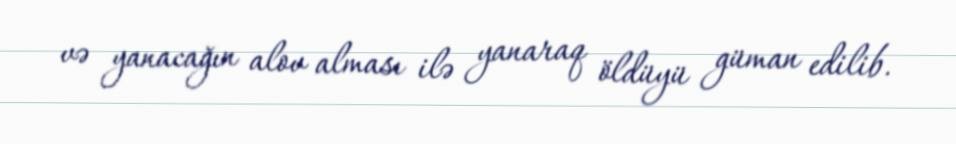
və yanacağın alov alması ilə yanaraq öldüyü güman edilib.